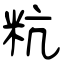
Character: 粇